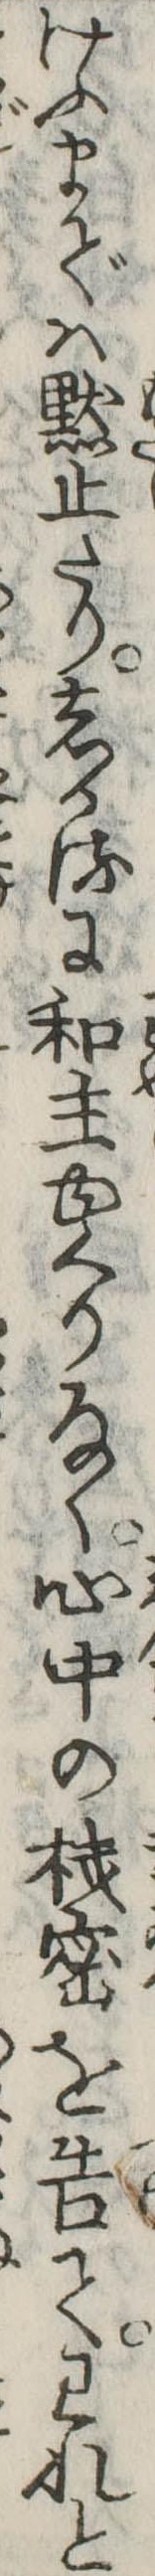
けふまでは黙止たりしかるに和主ゆくりなく心中の機密を告てわれと